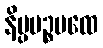
နိပ္ပပဉ္စပထေ